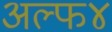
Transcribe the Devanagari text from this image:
अल्फ४